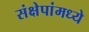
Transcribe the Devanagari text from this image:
संक्षेपांमध्ये